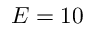
E = 1 0